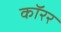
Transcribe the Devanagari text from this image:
कॉरर